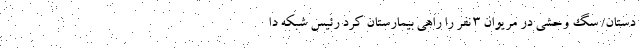
دستان/ سگ وحشی در مریوان 3 نفر را راهی بیمارستان کرد رئیس شبکه دا